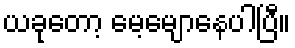
ယခုတော့ မေ့မျောနေပါပြီ။